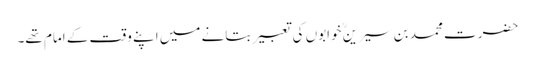
حضرت محمد بن سیرینؒ خوابوں کی تعبیر بتانے میں اپنے وقت کے امام تھے۔